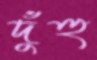
দুঁহু